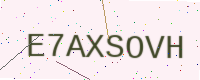
Text: E7AXSOVH